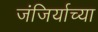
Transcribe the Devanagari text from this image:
जंजिर्याच्या